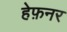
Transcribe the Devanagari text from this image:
हेफ़नर